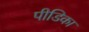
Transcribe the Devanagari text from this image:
पीडिका